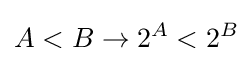
A<B\to 2^{A}<2^{B}